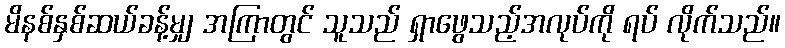
မိနစ်နှစ်ဆယ်ခန့်မျှ အကြာတွင် သူသည် ရှာဖွေသည့်အလုပ်ကို ရပ် လိုက်သည်။